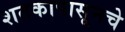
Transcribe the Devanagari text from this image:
शतकापासूनचे